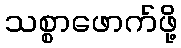
သစ္စာဖောက်ဖို့